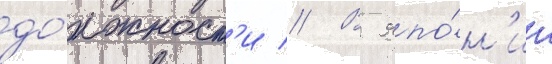
до́лжност'и // В япо́н'ии